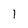
Character: 1